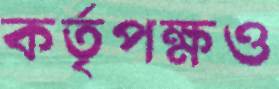
কর্তৃপক্ষও